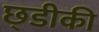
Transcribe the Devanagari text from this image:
छ्डीकी